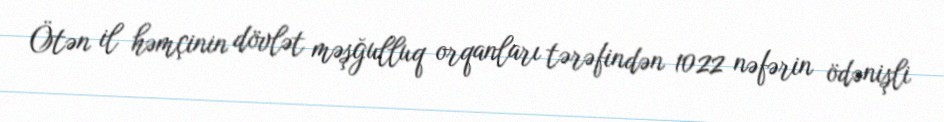
Ötən il həmçinin dövlət məşğulluq orqanları tərəfindən 1022 nəfərin ödənişli